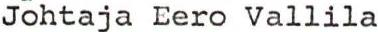
Johtaja Eero Vallila